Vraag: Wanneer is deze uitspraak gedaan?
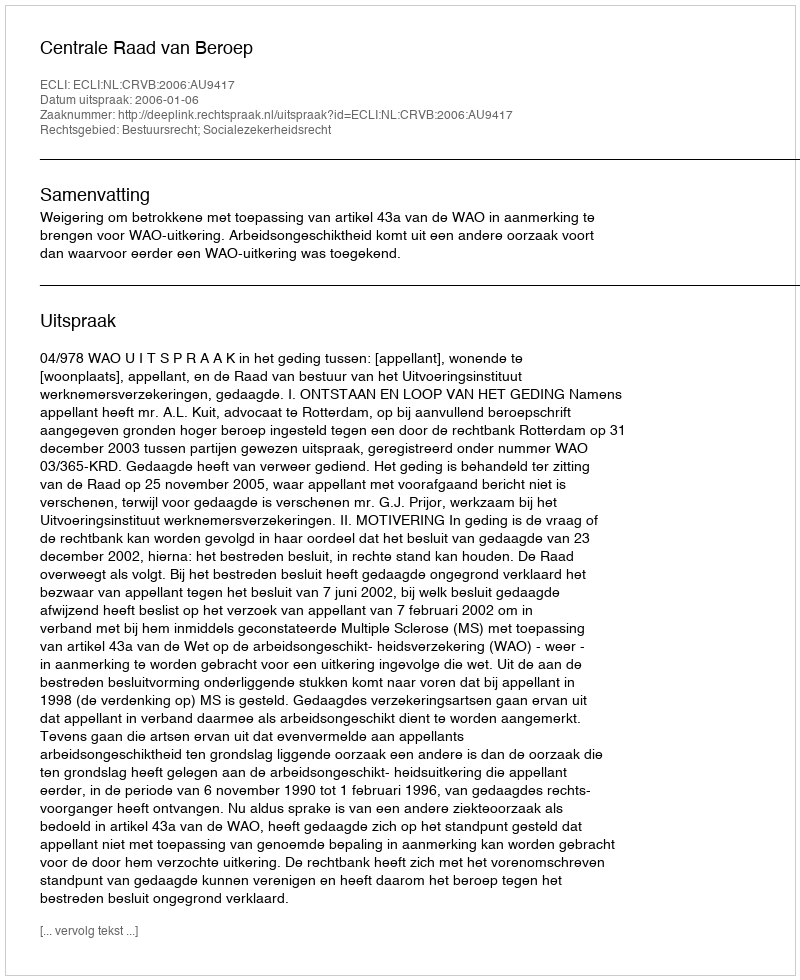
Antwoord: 2006-01-06